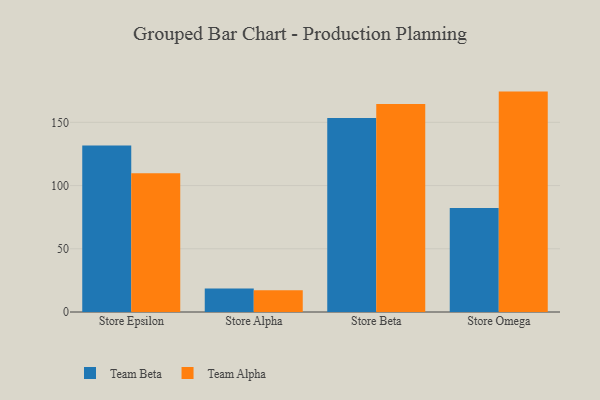
{"axis": {"x": "Store", "y": "Active Users"}, "legend": ["Team Alpha", "Team Beta"], "data": [{"x": "Store Epsilon", "y": 131.6, "type": "Team Beta"}, {"x": "Store Epsilon", "y": 109.8, "type": "Team Alpha"}, {"x": "Store Alpha", "y": 18.6, "type": "Team Beta"}, {"x": "Store Alpha", "y": 17.2, "type": "Team Alpha"}, {"x": "Store Beta", "y": 153.5, "type": "Team Beta"}, {"x": "Store Beta", "y": 164.4, "type": "Team Alpha"}, {"x": "Store Omega", "y": 82.3, "type": "Team Beta"}, {"x": "Store Omega", "y": 174.3, "type": "Team Alpha"}]}